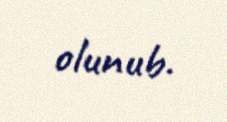
olunub.